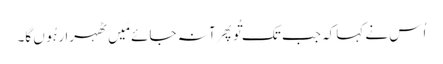
اُس نے کہا کہ جب تک تُو پِھر آ نہ جائے مَیں ٹھہرا رہُوں گا۔